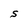
Character: S